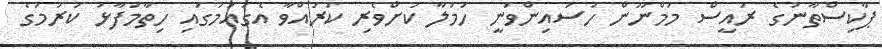
ޕާކިސްތާނުގެ ރައީސް މަމްނޫން ހުސައިންވަނީ ހަމަލާ ކުށްވެރި ކުރައްވާ އެގައުމުގައި ހިތާމަފާޅު ކުރުމުގެ